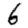
Digit: 6